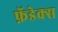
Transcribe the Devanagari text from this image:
फ़ॅडेक्स